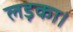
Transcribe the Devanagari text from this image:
लड़का।